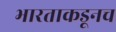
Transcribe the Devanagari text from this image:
भारताकडूनच